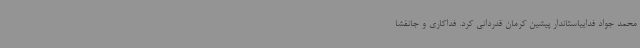
محمد جواد فداییاستاندار پیشین کرمان قدردانی کرد. فداکاری و جانفشا